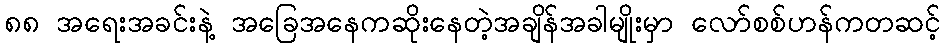
၈၈ အရေးအခင်းနဲ့ အခြေအနေကဆိုးနေတဲ့အချိန်အခါမျိုးမှာ လော်စစ်ဟန်ကတဆင့်